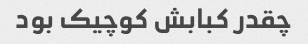
چقدر کبابش کوچیک بود